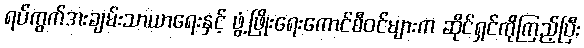
ရပ်ကွက်အးချမ်းသာယာရေးနှင့် ဖွံ့ဖြိုးရေးကောင်စီဝင်များက ဆိုင်ရှင်ကိုကြည့်ပြီး